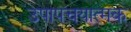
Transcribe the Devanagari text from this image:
उपापचयात्मक